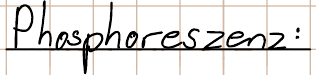
Phosphoreszenz: